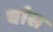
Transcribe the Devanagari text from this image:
वांस